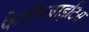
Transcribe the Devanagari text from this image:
फैरीन्जाइटिस